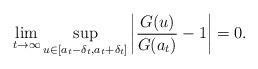
LaTeX: \begin{align*}\lim_{t \to \infty} \sup_{u \in [a_t - \delta_t, a_t+\delta_t]} \left|\frac{G(u)}{G(a_t)} -1 \right| = 0.\end{align*}